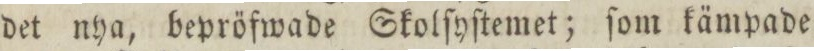
det nya, bepröfwade Skolſyſtemet; ſom kämpade